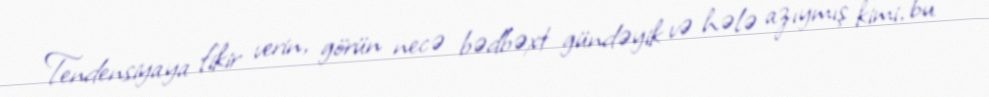
Tendensiyaya fikir verin, görün necə bədbəxt gündəyik və hələ azıymış kimi, bu